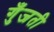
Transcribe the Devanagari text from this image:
गुँजती